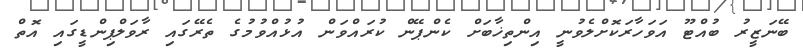
ބޭނަޒީރު ބުއްޓޫ އަވަހާރަކޮށްލެވުނީ އިންތިޚާބަށް ކެންޕޭން ކުރައްވަން އުޅުއްވުމުގެ ތެރޭގައި ރާވަލްޕިންޑީގައި އޮތް